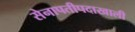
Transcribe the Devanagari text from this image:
सेनापतीपदाखाली